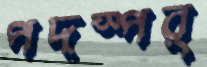
পদস্পর্